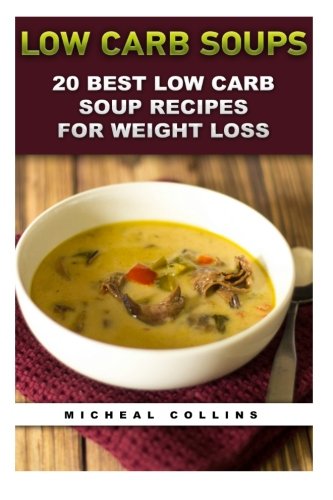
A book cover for Low Carb Soups: 20 Best Low Carb Soup Recipes For Weight Loss: (low carbohydrate, high protein, low carbohydrate foods, low carb, low carb cookbook, ... Ketogenic Diet to Overcome Belly Fat); Micheal Collins; Cookbooks, Food & Wine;